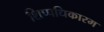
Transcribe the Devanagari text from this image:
शिप्पधिकारम